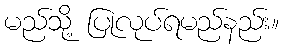
မည်သို့ ပြုလုပ်ရမည်နည်း။